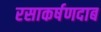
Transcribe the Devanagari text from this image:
रसाकर्षणदाब